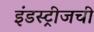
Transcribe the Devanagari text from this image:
इंडस्ट्रीजची